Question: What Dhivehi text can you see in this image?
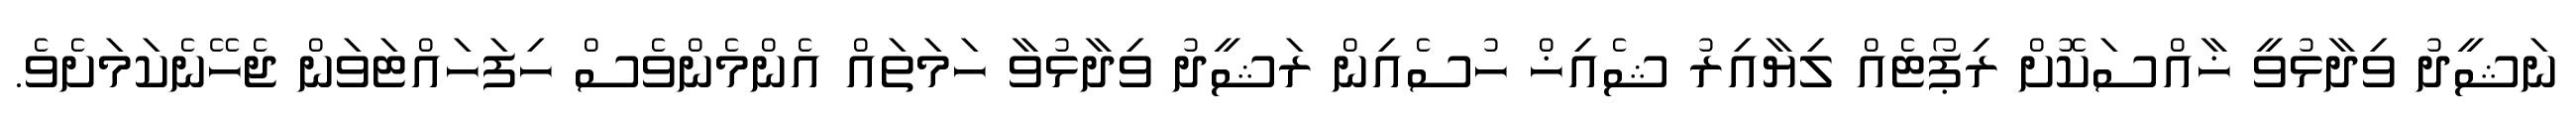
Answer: ނަޝީދު ވިދާޅުވީ ޚާއްސަކޮށް ރިޕޯޓެއް ލިޔާއިރު ޝެއިޚް ހުސެއިން ރަޝީދު ވިދާޅުވާ ހަމަތައް އެންމެންވެސް ހިފަހައްޓަވަން ޖެހޭނެކަމަށެވެ.